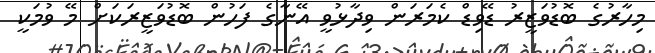
މިހާރުގެ ބޮޑުވަޒީރު ޑޭވިޑް ކެމަރަން ވިދާޅުވީ އޭނާގެ ފަހުން ބޮޑުވަޒީރަކަށް މޭ ވުމަކީ